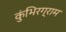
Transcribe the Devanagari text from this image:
कुंभिरग्राम